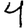
Digit: 4